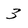
Character: 3